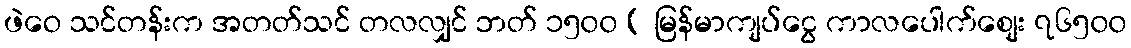
ဖဲဝေ သင်တန်းက အတတ်သင် တလလျှင် ဘတ် ၁၅၀၀ ( မြန်မာကျပ်ငွေ ကာလပေါက်စျေး ၇၆၅၀၀